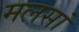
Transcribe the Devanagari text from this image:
मलसां